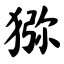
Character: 猕